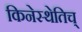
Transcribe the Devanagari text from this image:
किनेस्थेतिच्